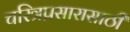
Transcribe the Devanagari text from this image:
चरित्रप्रसारासाठी